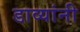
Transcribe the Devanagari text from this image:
डाव्यांनी